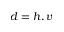
d = h , v